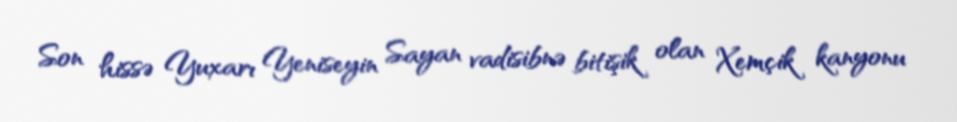
Son hissə Yuxarı Yeniseyin Sayan vadisibnə bitişik olan Xemçik kanyonu